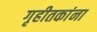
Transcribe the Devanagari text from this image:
गृहीतकांना